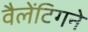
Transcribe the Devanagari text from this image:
वैलेंटिगने